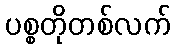
ပစ္စတိုတစ်လက်